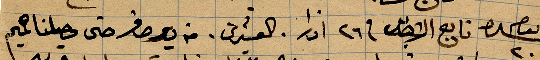
يوم شعرة تابع ... في ٢٦ اذار . العشرين. من ... حتى وصلنا لميم